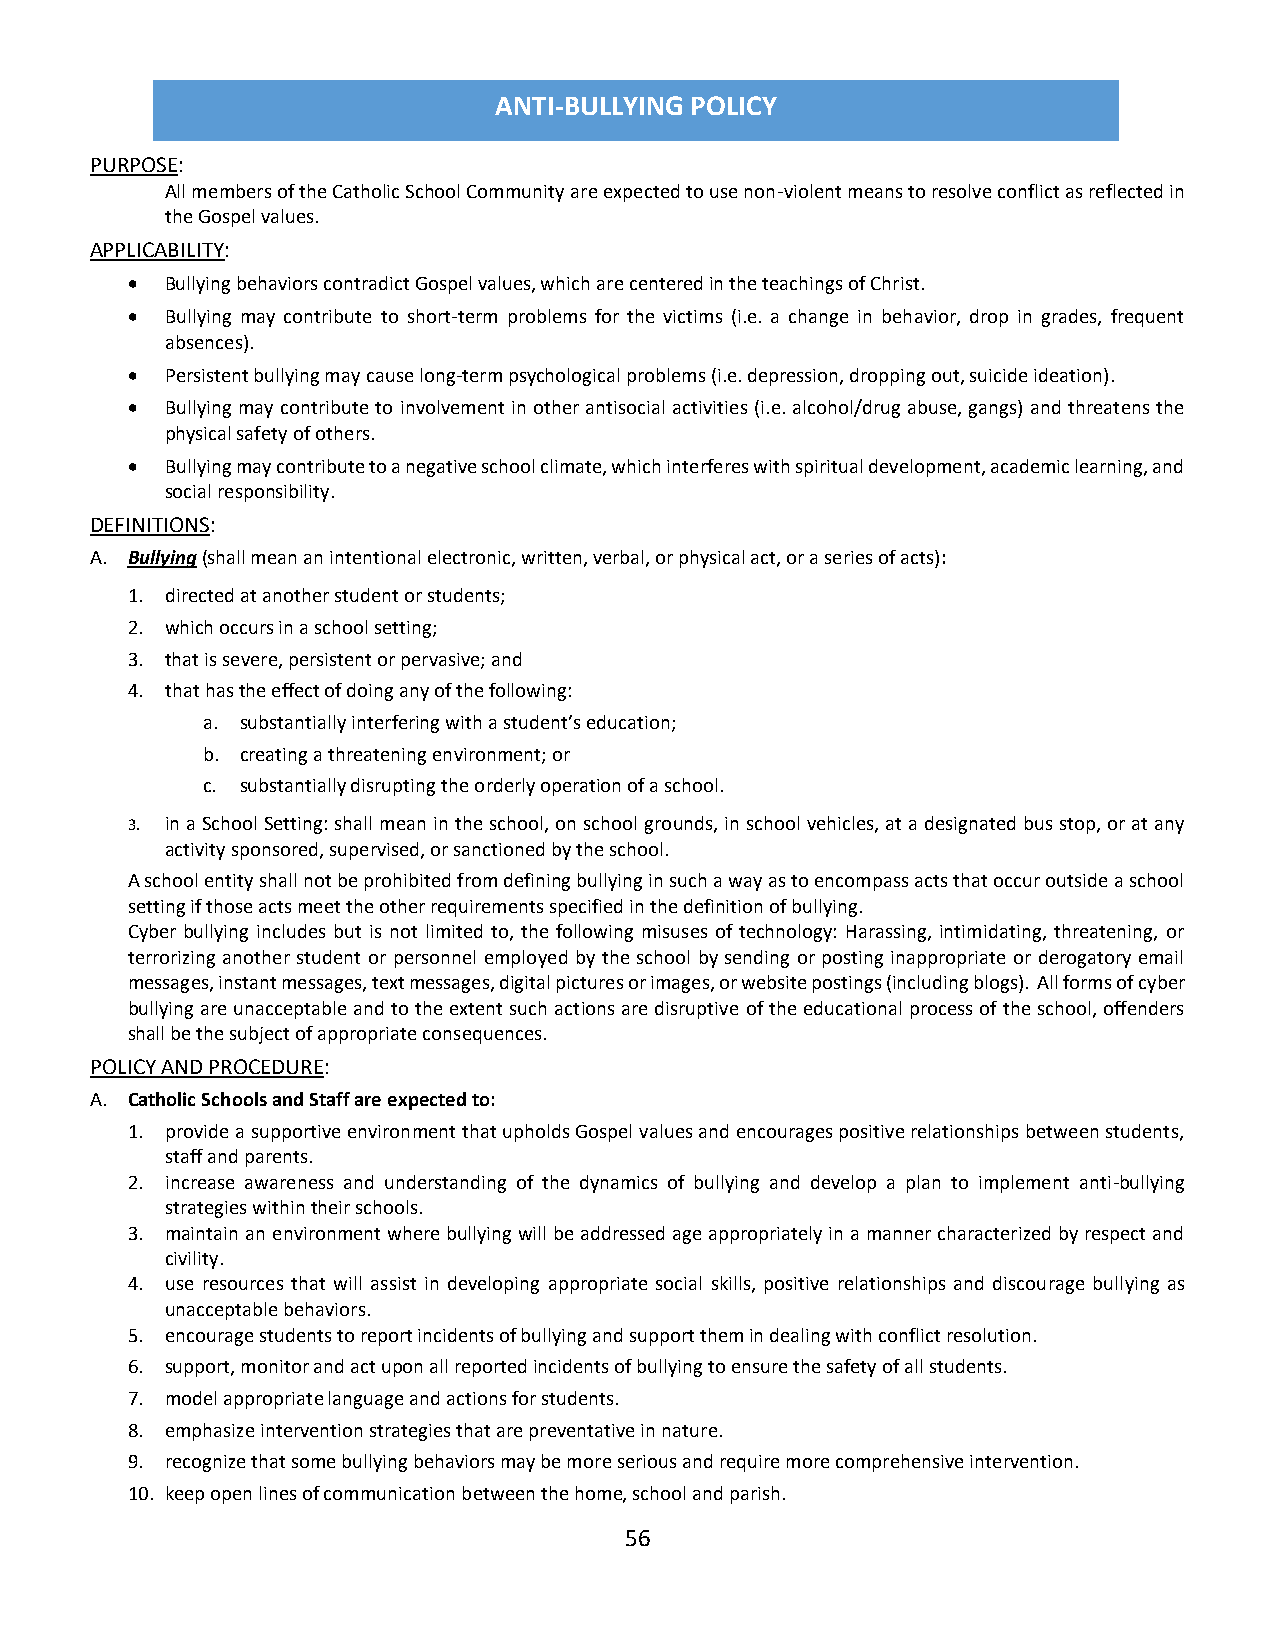
ANTI-BULLYING POLICY
 PURPOSE:
 All members of the Catholic School Community are expected to use non-violent means to resolve conflict as reflected in
 the Gospel values.
 APPLICABILITY:
   Bullying behaviors contradict Gospel values, which are centered in the teachings of Christ.
   Bullying may contribute to short-term problems for the victims (i.e. a change in behavior, drop in grades, frequent
 absences).
   Persistent bullying may cause long-term psychological problems (i.e. depression, dropping out, suicide ideation).
   Bullying may contribute to involvement in other antisocial activities (i.e. alcohol/drug abuse, gangs) and threatens the
 physical safety of others.
   Bullying may contribute to a negative school climate, which interferes with spiritual development, academic learning, and
 social responsibility.
 DEFINITIONS:
 A. Bullying (shall mean an intentional electronic, written, verbal, or physical act, or a series of acts):
 1. directed at another student or students;
 2. which occurs in a school setting;
 3. that is severe, persistent or pervasive; and
 4. that has the effect of doing any of the following:
 a. substantially interfering with a student’s education;
 b. creating a threatening environment; or
 c. substantially disrupting the orderly operation of a school.
 3. in a School Setting: shall mean in the school, on school grounds, in school vehicles, at a designated bus stop, or at any
 activity sponsored, supervised, or sanctioned by the school.
 A school entity shall not be prohibited from defining bullying in such a way as to encompass acts that occur outside a school
 setting if those acts meet the other requirements specified in the definition of bullying.
 Cyber bullying includes but is not limited to, the following misuses of technology: Harassing, intimidating, threatening, or
 terrorizing another student or personnel employed by the school by sending or posting inappropriate or derogatory email
 messages, instant messages, text messages, digital pictures or images, or website postings (including blogs). All forms of cyber
 bullying are unacceptable and to the extent such actions are disruptive of the educational process of the school, offenders
 shall be the subject of appropriate consequences.
 POLICY AND PROCEDURE:
 A. Catholic Schools and Staff are expected to:
 1. provide a supportive environment that upholds Gospel values and encourages positive relationships between students,
 staff and parents.
 2. increase awareness and understanding of the dynamics of bullying and develop a plan to implement anti-bullying
 strategies within their schools.
 3. maintain an environment where bullying will be addressed age appropriately in a manner characterized by respect and
 civility.
 4. use resources that will assist in developing appropriate social skills, positive relationships and discourage bullying as
 unacceptable behaviors.
 5. encourage students to report incidents of bullying and support them in dealing with conflict resolution.
 6. support, monitor and act upon all reported incidents of bullying to ensure the safety of all students.
 7. model appropriate language and actions for students.
 8. emphasize intervention strategies that are preventative in nature.
 9. recognize that some bullying behaviors may be more serious and require more comprehensive intervention.
 10. keep open lines of communication between the home, school and parish.
 56